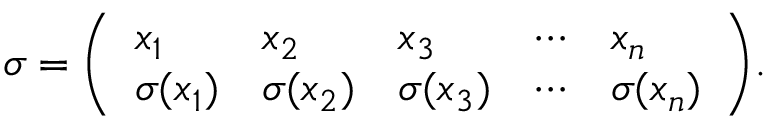
\sigma = { \left( \begin{array} { l l l l l } { x _ { 1 } } & { x _ { 2 } } & { x _ { 3 } } & { \cdots } & { x _ { n } } \\ { \sigma ( x _ { 1 } ) } & { \sigma ( x _ { 2 } ) } & { \sigma ( x _ { 3 } ) } & { \cdots } & { \sigma ( x _ { n } ) } \end{array} \right) } .